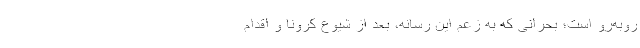
روبه‌رو است؛ بحرانی که به زعم این رسانه، بعد از شیوع کرونا و اقدام